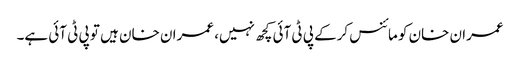
عمران خان کو مائنس کرکے پی ٹی آئی کچھ نہیں، عمران خان ہیں تو پی ٹی آئی ہے۔